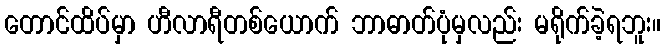
တောင်ထိပ်မှာ ဟီလာရီတစ်ယောက် ဘာဓာတ်ပုံမှလည်း မရိုက်ခဲ့ရဘူး။